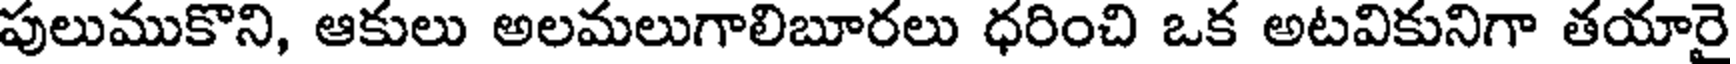
పులుముకొని, ఆకులు అలమలుగాలిబూరలు ధరించి ఒక అటవికునిగా తయారై